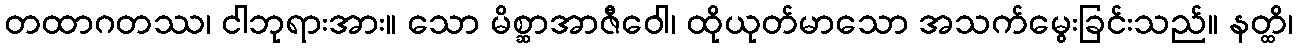
တထာဂတဿ၊ ငါဘုရားအား။ သော မိစ္ဆာအာဇီဝေါ၊ ထိုယုတ်မာသော အသက်မွေးခြင်းသည်။ နတ္ထိ၊